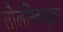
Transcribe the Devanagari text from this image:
तौलनिकदृष्ट्या